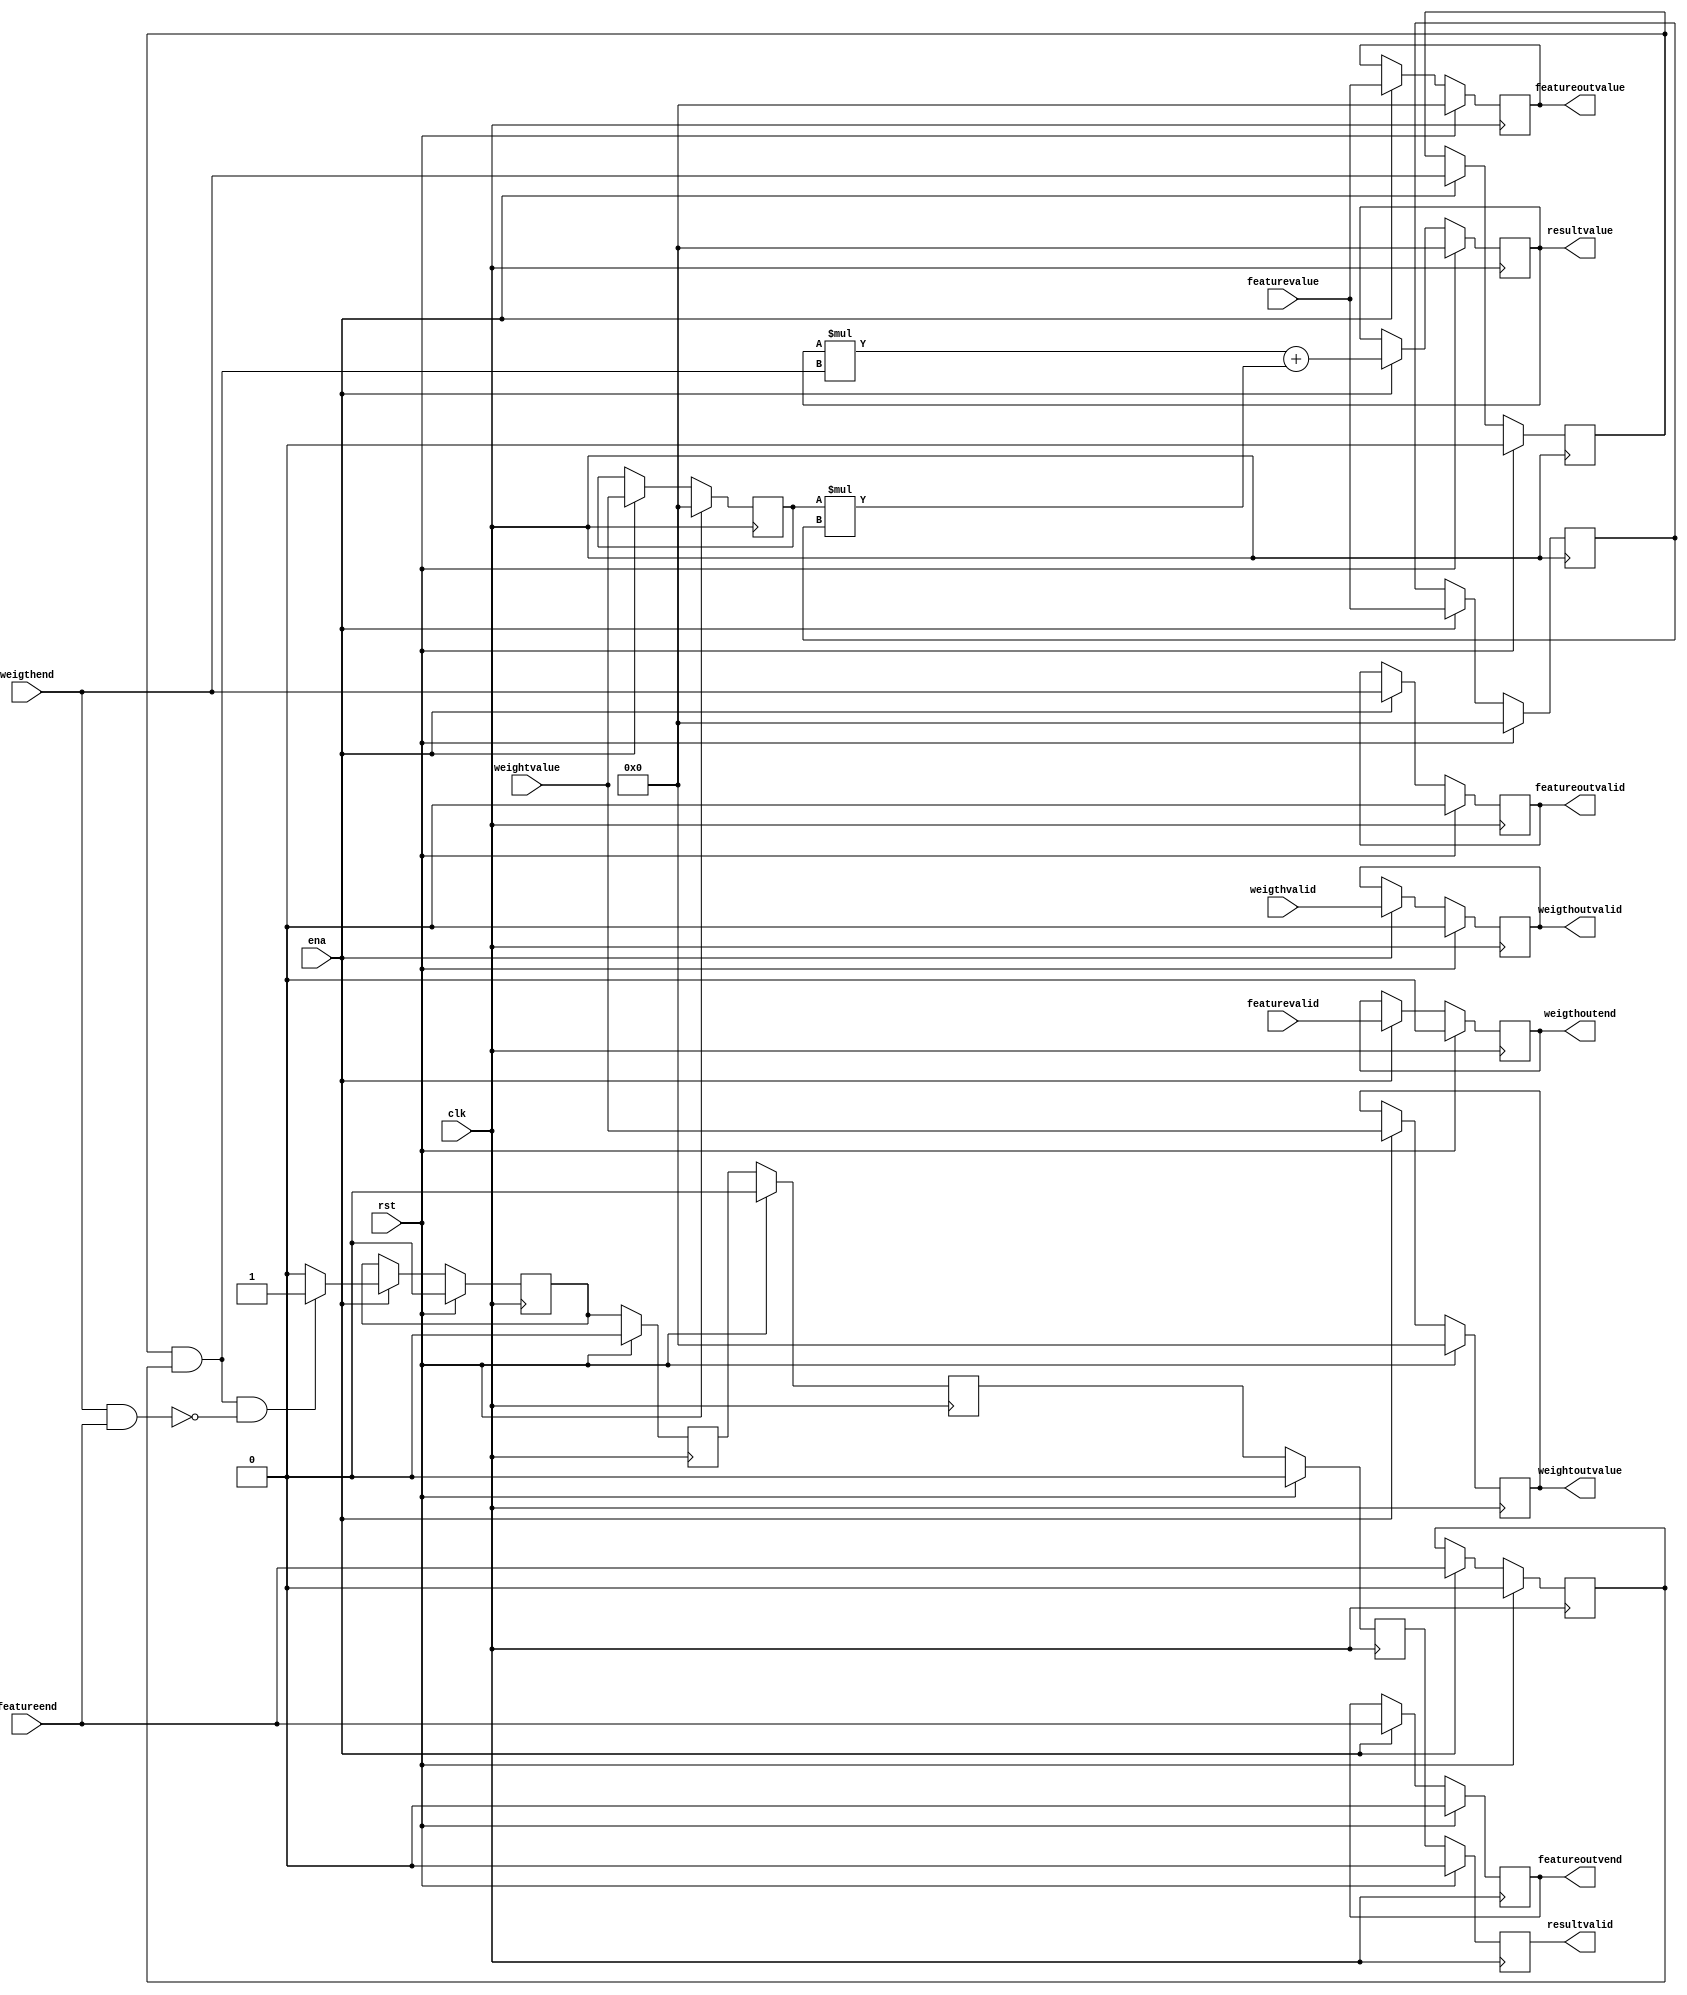
module sysunit(
	clk,
	ena,
	rst,
	// weight input 
	weightvalue,
	weigthvalid,
	weigthend,

	// weight shift 
	weightoutvalue,
	weigthoutvalid,
	weigthoutend,

	//feature  input
	featurevalue,
	featurevalid,
	featureend,

	//feature  shift
	featureoutvalue,
	featureoutvalid,
	featureoutvend,


	// result out
	resultvalid,
	resultvalue
);


parameter WL = 32;
parameter PIPDEP = 5;


input clk, ena, rst;

input [WL-1:0] weightvalue, featurevalue;
input weigthvalid, featurevalid, weigthend, featureend;


// regist for input

reg [WL-1:0] tmpweightvalue, tmpfeaturevalue;
reg tmpweigthvalid, tmpfeaturevalid, tmpweigthend, tmpfeatureend;


// define the output


output reg [WL-1:0] weightoutvalue, featureoutvalue;
output reg weigthoutvalid, weigthoutend, featureoutvalid, featureoutvend;


always @ (posedge clk)
begin
	if(rst) begin
			weightoutvalue <= 0;
			featureoutvalue <= 0;
			weigthoutvalid <= 0;
			weigthoutend <= 0;
			featureoutvalid <= 0;
			featureoutvend <= 0;
	end
	else begin
		if(~ena) begin
			weightoutvalue <= weightoutvalue;
			featureoutvalue <= featureoutvalue;
			weigthoutvalid <= weigthoutvalid;
			weigthoutend <= weigthoutend;
			featureoutvalid <= featureoutvalid;
			featureoutvend <= featureoutvend;
		end
		else begin
			weightoutvalue <= weightvalue;
			featureoutvalue <= featurevalue;
			weigthoutvalid <= weigthvalid;
			weigthoutend <= featurevalid;
			featureoutvalid <= weigthend;
			featureoutvend <= featureend;
		end
	end

end



output wire resultvalid;
output reg [WL-1:0] resultvalue;



wire tmpacc;
wire tmpaccpre;

assign tmpacc = tmpweigthend&&tmpfeatureend;
assign tmpaccpre = weigthend&&featureend;

reg tmpvalid[PIPDEP - 1 : 0];


always @ (posedge clk)
begin
	if(rst) begin
		tmpvalid[0] <= 0;
	end
	else begin
		if (~ena) begin
			tmpvalid[0] <= tmpvalid[0];
		end
		else begin
			if (tmpacc == 1'b1 && tmpaccpre == 1'b0) begin
				tmpvalid[0] <= 1'b1;
			end
			else begin
				tmpvalid[0] <= 1'b0;
			end
		end
	end
end


genvar i;
generate
for (i = 1; i < PIPDEP; i = i + 1) begin: validloop
	always @ (posedge clk) 
	begin
		if(rst) begin
			tmpvalid[i] <= 0;
		end
		else begin
			tmpvalid[i] <= tmpvalid[i-1];
		end
	end
end
endgenerate



assign resultvalid = tmpvalid[PIPDEP - 1];

always @ (posedge clk)
begin
	if(rst) begin
		tmpweightvalue <= 0;
		tmpfeaturevalue <= 0;
		tmpweigthvalid <= 0;
		tmpfeaturevalid <= 0;
		tmpweigthend <= 0;
		tmpfeatureend <= 0;
	end
	else 
	begin
		if(~ena) begin
			tmpweightvalue <= tmpweightvalue;
			tmpfeaturevalue <= tmpfeaturevalue;
			tmpweigthvalid <= tmpweigthvalid;
			tmpfeaturevalid <= tmpfeaturevalid;
			tmpweigthend <= tmpweigthend;
			tmpfeatureend <= tmpfeatureend;
		end
		else begin
			tmpweightvalue <= weightvalue;
			tmpfeaturevalue <= featurevalue;
			tmpweigthvalid <= weigthvalid;
			tmpfeaturevalid <= featurevalid;
			tmpweigthend <= weigthend;
			tmpfeatureend <= featureend;
		end
	end
end 


always @ (posedge clk)
begin
	if(rst) begin
		resultvalue <=0;
	end
	else
	begin
		if(~ena) begin
			resultvalue <= resultvalue;
		end
		else
		begin
			resultvalue <= resultvalue * tmpacc + tmpweightvalue*tmpfeaturevalue;
		end
	end
end



// MAC u0(
// 	.clk0       (clk),       //   input,   width = 1,       clk0.clk
// 	.ena        (ena),        //   input,   width = 1,        ena.ena
// 	.clr0       (rst),       //   input,   width = 1,       clr0.reset
// 	.result     (resultvalue),     //  output,  width = 32,     result.result
// 	.accumulate (tmpacc), //   input,   width = 1, accumulate.accumulate
// 	.ay         (tmpweightvalue),         //   input,  width = 32,         ay.ay
// 	.az         (tmpfeaturevalue)          //   input,  width = 32,         az.az
// );



endmodule